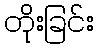
တိုးခြင်း